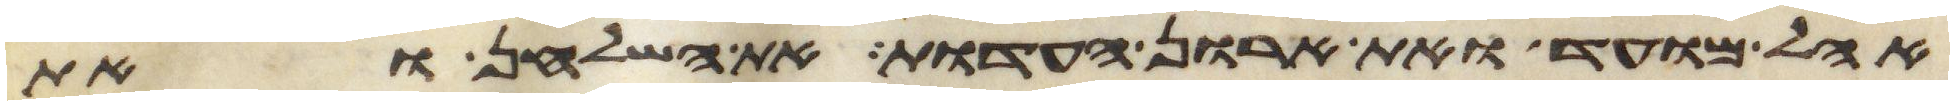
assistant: אהל מועד ואת ארון העדות את השלחן ואת